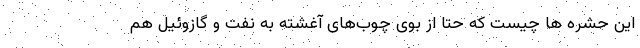
این حشره ها چیست که حتا از بوی چوب‌های آغشته به نفت و گازوئیل هم